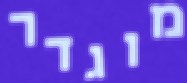
מוגדר